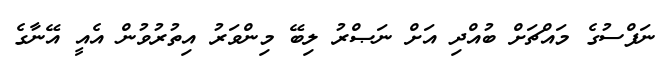
ނަފްސުގެ މައްޗަށް ބުއްދި އަށް ނަޞްރު ލިބޭ މިންވަރު އިތުރުވުން އެއީ އޭނާގެ